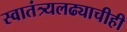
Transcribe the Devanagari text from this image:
स्वातंत्र्यलढ्याचीही